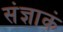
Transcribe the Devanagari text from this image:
संज्ञाकं